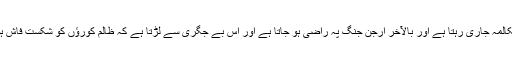
دونوں کا مکالمہ جاری رہتا ہے اور بالآخر ارجن جنگ پہ راضی ہو جاتا ہے اور اس بے جگری سے لڑتا ہے کہ ظالم کورؤں کو شکستِ فاش ہو جاتی ہے۔